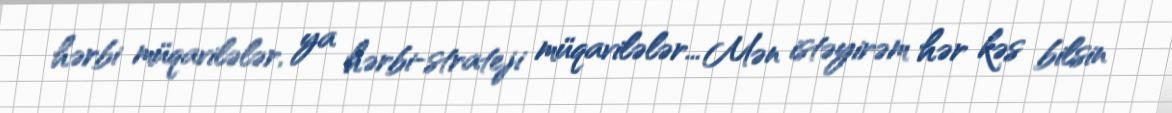
hərbi müqavilələr, ya hərbi-strateji müqavilələr... Mən istəyirəm hər kəs bilsin